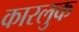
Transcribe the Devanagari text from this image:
कारलुक